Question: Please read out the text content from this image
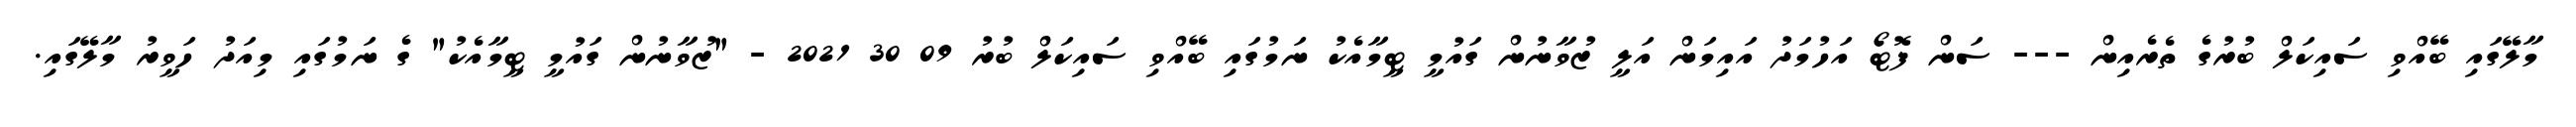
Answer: މާލޭގައި ބޭއްވި ސައިކަލް ބުރުގެ ތެރެއިން --- ސަން ފޮޓޯ އަހުމަދު އައިމަން އަލީ ޒުވާނުން ގައުމީ ޓީމާއެކު ނަމުގައި ބޭއްވި ސައިކަލް ބުރު 09 30 2021 - "ޒުވާނުން ގައުމީ ޓީމާއެކު" ގެ ނަމުގައި މިއަދު ހަވީރު މާލޭގައި.